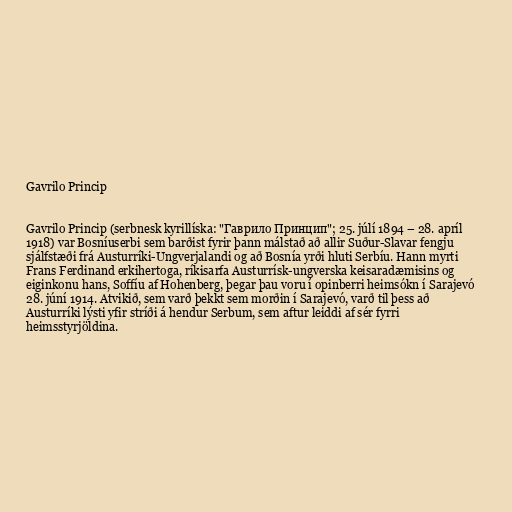
Gavrilo Princip

Gavrilo Princip (serbnesk kyrillíska: "Гаврило Принцип"; 25. júlí 1894 – 28. apríl
1918) var Bosníuserbi sem barðist fyrir þann málstað að allir Suður-Slavar fengju
sjálfstæði frá Austurríki-Ungverjalandi og að Bosnía yrði hluti Serbíu. Hann myrti
Frans Ferdinand erkihertoga, ríkisarfa Austurrísk-ungverska keisaradæmisins og
eiginkonu hans, Soffíu af Hohenberg, þegar þau voru í opinberri heimsókn í Sarajevó
28. júní 1914. Atvikið, sem varð þekkt sem morðin í Sarajevó, varð til þess að
Austurríki lýsti yfir stríði á hendur Serbum, sem aftur leiddi af sér fyrri
heimsstyrjöldina.